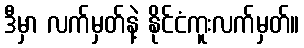
ဒီမှာ လက်မှတ်နဲ့ နိုင်ငံကူးလက်မှတ်။